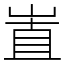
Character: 𡸽